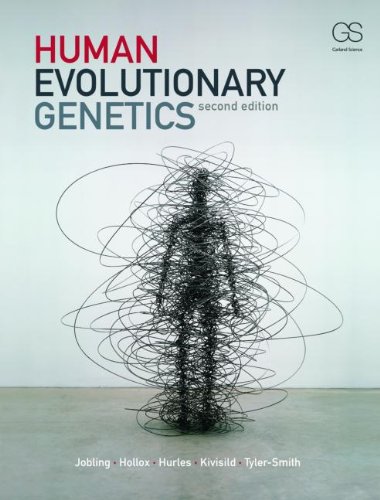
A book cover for Human Evolutionary Genetics; Mark Jobling; Medical Books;